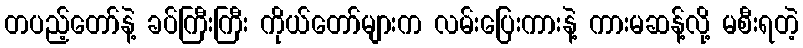
တပည့်တော်နဲ့ ခပ်ကြီးကြီး ကိုယ်တော်များက လမ်းပြေးကားနဲ့ ကားမဆန့်လို့ မစီးရတဲ့